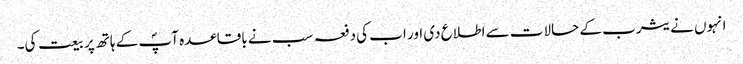
انہوں نے یثرب کے حالات سے اطلاع دی اور اب کی دفعہ سب نے باقاعدہ آپؐ کے ہاتھ پر بیعت کی۔